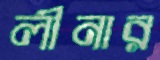
লীনার